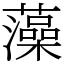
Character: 藻